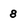
Character: 8